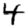
Digit: 4